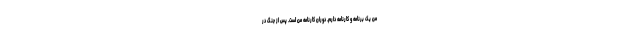
من یک برنامه و کارنامه دارم. دوران کارنامه من است‌. پس از جنگ در